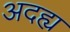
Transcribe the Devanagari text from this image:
अदह्य